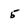
Character: 5